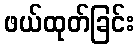
ဖယ်ထုတ်ခြင်း